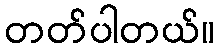
တတ်ပါတယ်။